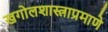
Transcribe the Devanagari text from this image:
खगोलशास्त्राप्रमाणे